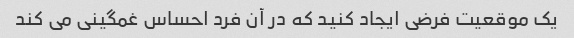
یک موقعیت فرضی ایجاد کنید که در آن فرد احساس غمگینی می کند